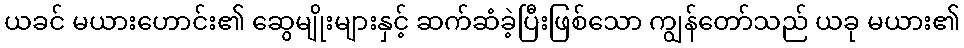
ယခင် မယားဟောင်း၏ ဆွေမျိုးများနှင့် ဆက်ဆံခဲ့ပြီးဖြစ်သော ကျွန်တော်သည် ယခု မယား၏